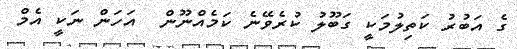
ގެ އަބުރު ކަތިލުމަކީ ގަބޫލު ކުރެވޭނެ ކަމެއްނޫން  އަހަން ނަކީ އެމް